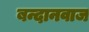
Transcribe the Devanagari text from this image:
बन्दानवाज